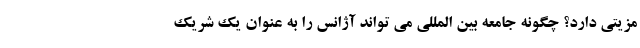
مزیتی دارد؟ چگونه جامعه بین المللی می تواند آژانس را به عنوان یک شریک